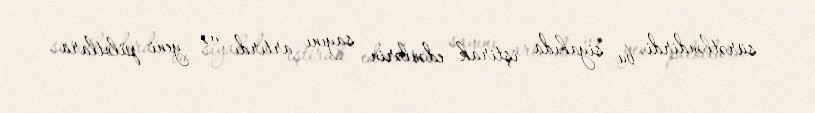
sürətləndirdi, bu siyahıda iştirak edənlərin sayını artırdı və yeni pilotlara